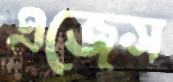
এজেস